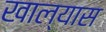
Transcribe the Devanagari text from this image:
खाल्यास